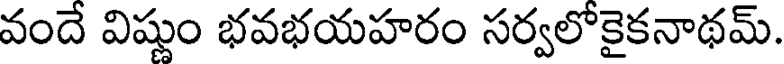
వందే విష్ణుం భవభయహరం సర్వలోకైకనాథమ్.